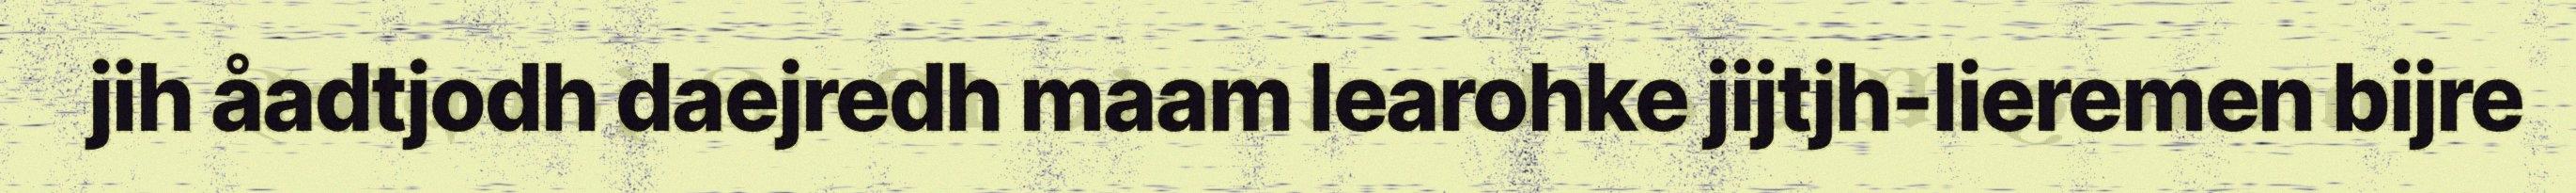
jih åadtjodh daejredh maam learohke jijtjh-lieremen bijre